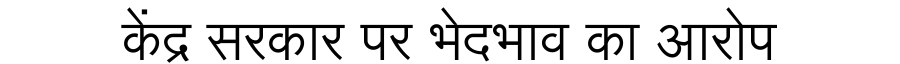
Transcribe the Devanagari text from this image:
केंद्र सरकार पर भेदभाव का आरोप